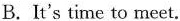
B.It's time to meet.